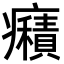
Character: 癪